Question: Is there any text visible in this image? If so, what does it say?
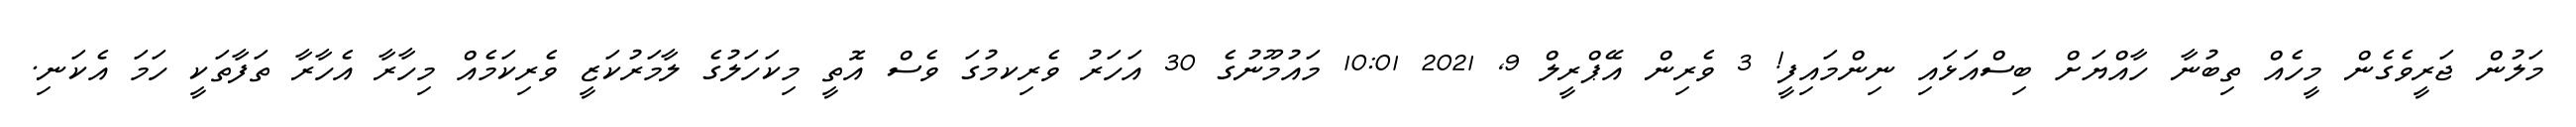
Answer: މަލުން ޖަރީވެގެން މީހެއް ތިބުނާ ހާއްޔަށް ބިސްއަޅައި ނިންމައިފީ! 3 ވެރިން އޭޕްރީލް 9, 2021 10:01 މައުމޫނުގެ 30 އަހަރު ވެރިކމުގަ ވެސް އޮތީ މިކަހަލުގެ ލާމަރުކަޒީ ވެރިކަމެއް މިހާރާ އެހާރާ ތަފާތަކީ ހަމަ އެކަނި.